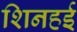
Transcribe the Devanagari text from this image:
शिनहई